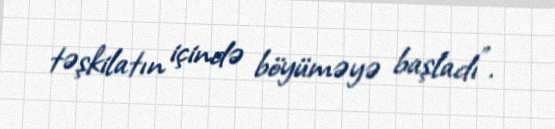
təşkilatın içində böyüməyə başladı”.